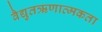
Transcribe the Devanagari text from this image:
वैद्युतऋणात्मकता